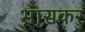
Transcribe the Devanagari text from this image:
भ़ासकर